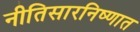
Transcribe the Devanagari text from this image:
नीतिसारनिष्णात